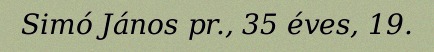
Simó János pr., 35 éves, 19.